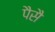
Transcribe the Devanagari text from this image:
पैसै